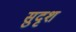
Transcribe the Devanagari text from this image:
सुदृश